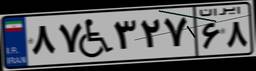
۸۷W۳۲۷۶۸